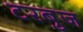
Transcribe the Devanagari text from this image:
टरबुज